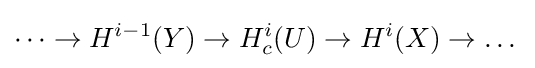
\dots \to H^{i-1}(Y)\to H_{c}^{i}(U)\to H^{i}(X)\to \dots